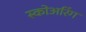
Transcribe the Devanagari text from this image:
स्कोअरिंग